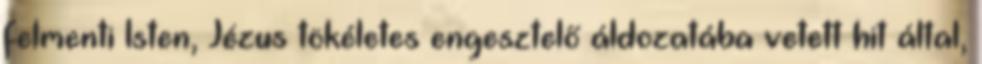
felmenti Isten, Jézus tökéletes engesztelő áldozatába vetett hit által,